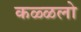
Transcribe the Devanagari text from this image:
कळ्ळलो